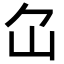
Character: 𡴲